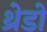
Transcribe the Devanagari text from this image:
थ्रेडों